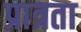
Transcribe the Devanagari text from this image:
प्रात्रता